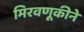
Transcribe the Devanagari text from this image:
मिरवणूकीने